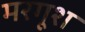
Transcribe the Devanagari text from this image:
मरगूश